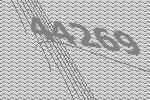
44269